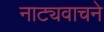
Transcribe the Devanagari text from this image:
नाट्यवाचने